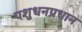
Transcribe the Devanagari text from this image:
पशुधनप्रधान